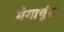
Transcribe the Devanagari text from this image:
मेगार्चुस